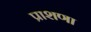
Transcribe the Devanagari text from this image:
प्राशणा